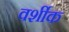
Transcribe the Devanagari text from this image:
वर्शीक